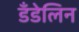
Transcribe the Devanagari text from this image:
डँडेलिन